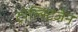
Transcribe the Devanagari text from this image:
ट्रोल्स्टिजेन